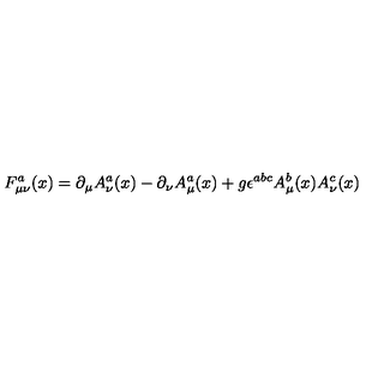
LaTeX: F _ { \mu \nu } ^ { a } ( x ) = \partial _ { \mu } A _ { \nu } ^ { a } ( x ) - \partial _ { \nu } A _ { \mu } ^ { a } ( x ) + g \epsilon ^ { a b c } A _ { \mu } ^ { b } ( x ) A _ { \nu } ^ { c } ( x )